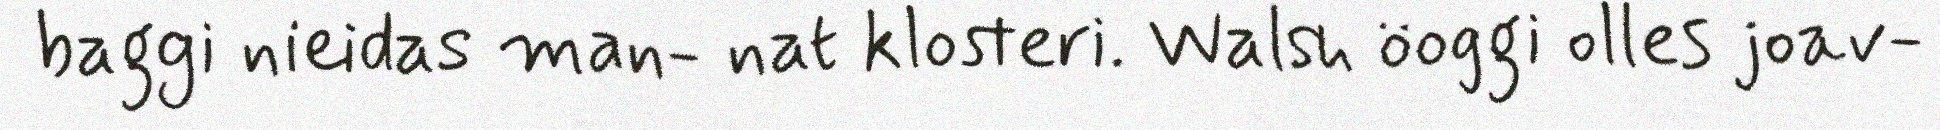
baggi nieidas man- nat klosteri. Walsh öoggi olles joav-